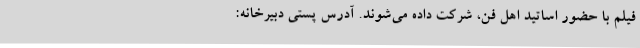
فیلم با حضور اساتید اهل فن، شرکت داده می‌شوند. آدرس پستی دبیرخانه: